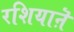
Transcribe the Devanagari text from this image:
रशियाऩॆ